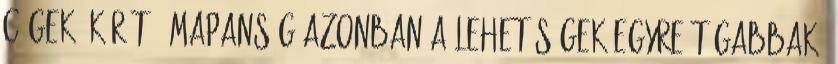
cégek" körét . Mapanság azonban a lehetőségek egyre tágabbak: